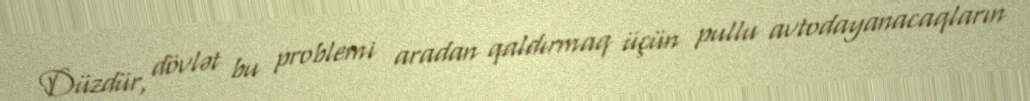
Düzdür, dövlət bu problemi aradan qaldırmaq üçün pullu avtodayanacaqların